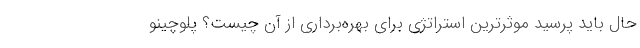
حال باید پرسید موثرترین استراتژی برای بهره‌برداری از آن چیست؟ پلوچینو